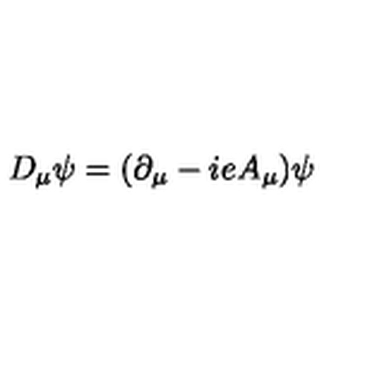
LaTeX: D _ { \mu } \psi = ( \partial _ { \mu } - i e A _ { \mu } ) \psi